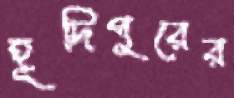
হূদিপুরের